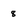
Character: 8